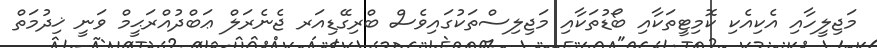
މަޖިލީހާއި އެކިއެކި ކޮމިޓީތަކާއި ބޯޑުތަކާއި މަޖިލިސްތަކުގައިވެސް ބްރިގޭޑިއަރ ޖެނެރަލް ޢަބްދުއްރަޙީމް ވަނީ ޚިދުމަތް